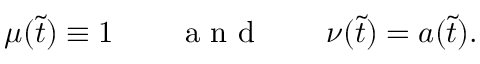
\mu ( \tilde { t } ) \equiv 1 \qquad \mathrm { ~ a ~ n ~ d ~ } \qquad \nu ( \tilde { t } ) = a ( \tilde { t } ) .